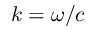
k = \omega / c